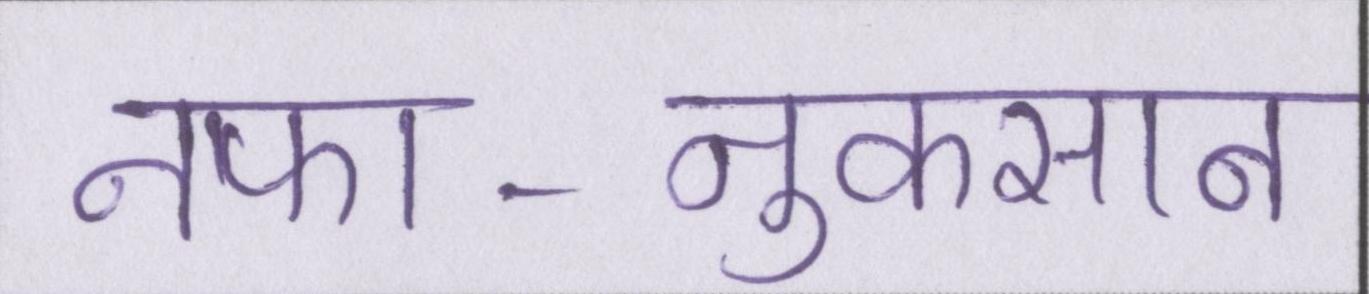
नफा-नुकसान